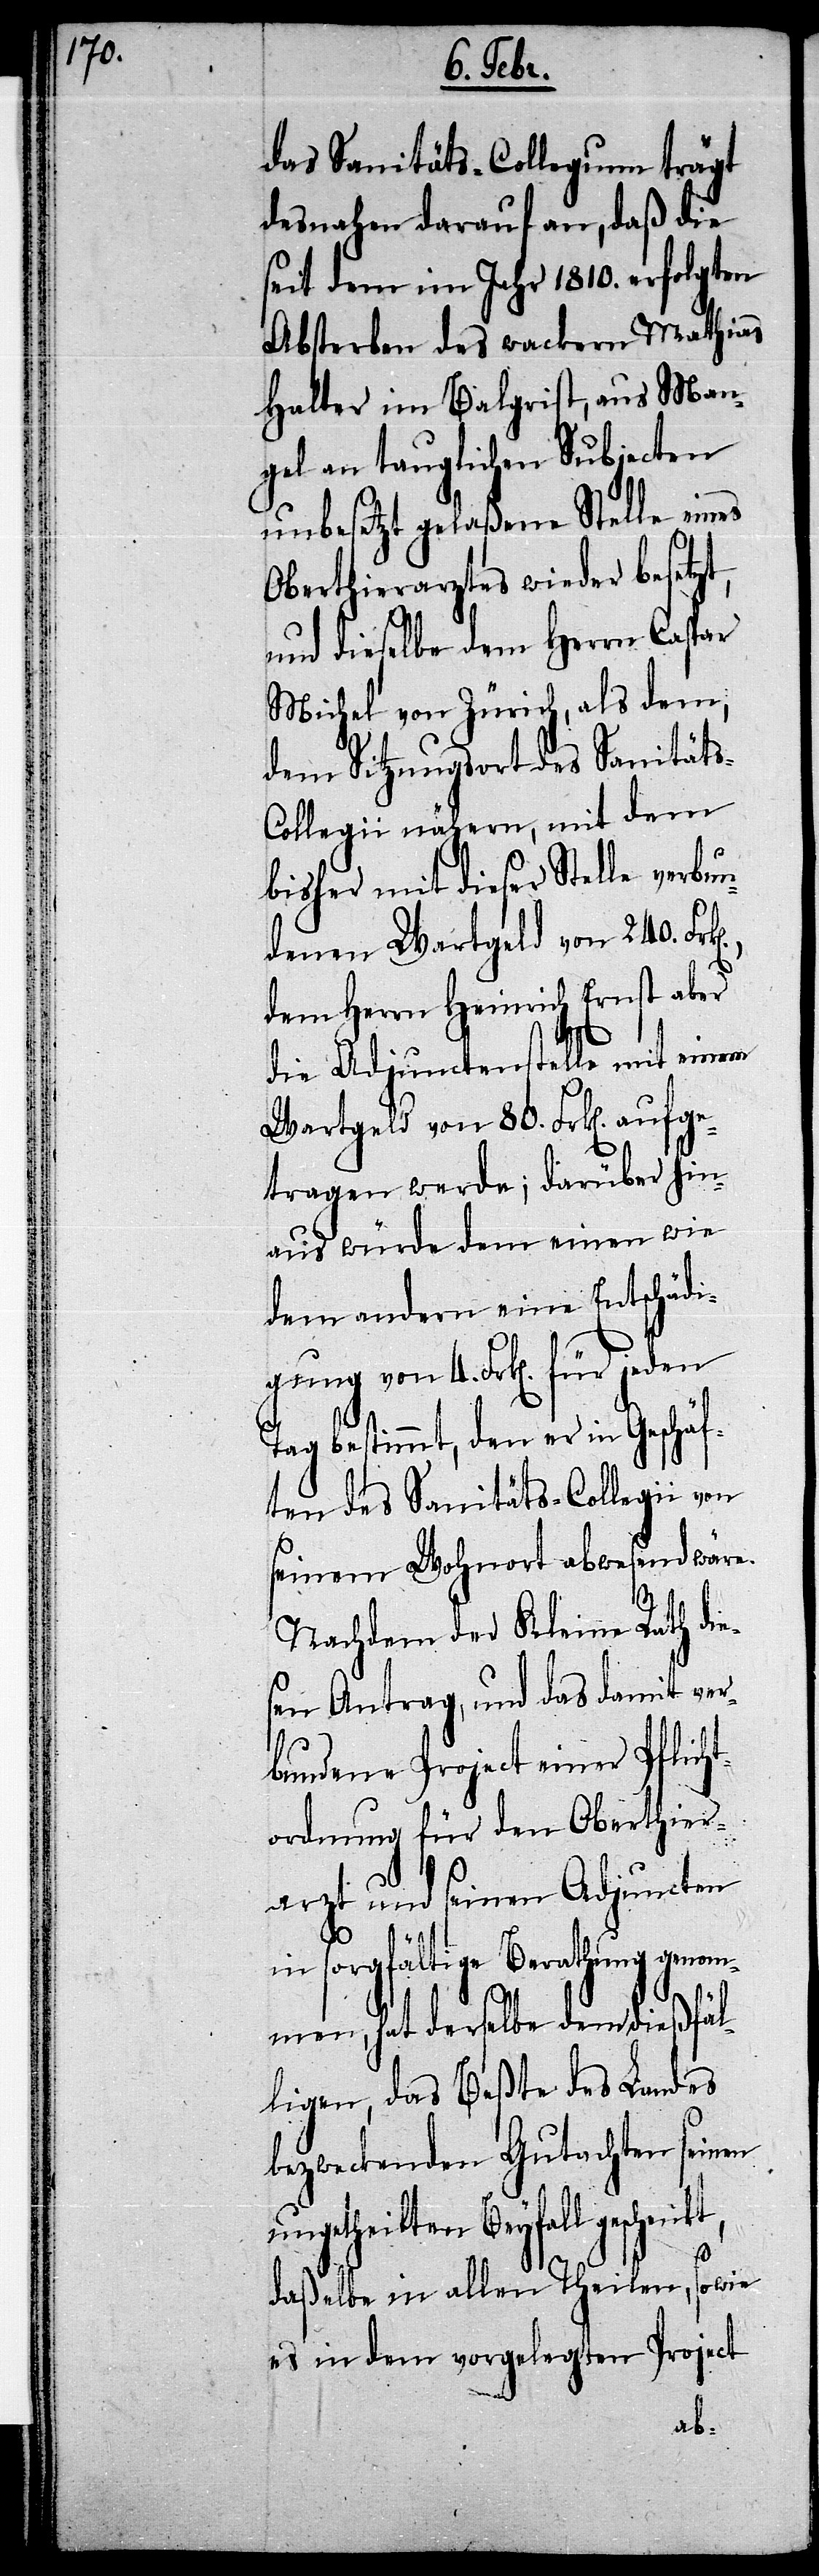
das Sanitäts-Collegium trägt
desnahen darauf an, daß die
seit dem im Jahr 1810. erfolgten
Absterben des wackern Mathias
Halter im Balgrist, aus Man¬
gel an tauglichen Subjecten
unbesetzt gelaßene Stelle eines
Oberthierarztes wieder besetzt,
und dieselbe dem Herrn Caspar
Michel von Zürich, als dem,
dem Sitzungsort des Sanität¬
s-Collegii nähern, mit dem
bisher mit dieser Stelle verbun¬
einem Wartgeld von 80. Fr¬
dem Herrn Heinrich Ernst aber
etragen werde; darüber hin¬
aus würde dem einen wie
dem andern eine Entschädi¬
Tag bestimmt, den er in Geschäf¬
ten des Sanitäts-Collegii von
seinem Wohnort abwesend wäre.
Nachdem der Kleine Rath die¬
sen Antrag, und das damit ver¬
bundene Project einer Pflicht¬
ordnung für den Oberthier¬
arzt und seinen Adjuncten
für
in sorgfältige Berathung genom¬
men, hat derselbe dem dießfäl¬
ligen, das Beßte des Landes
bezweckenden Gutachten seinen
ungetheilten Beyfall geschenkt,
daßelbe in allen Theilen, sowie
es in dem vorgelegten Project